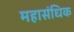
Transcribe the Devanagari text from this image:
महासंधिक